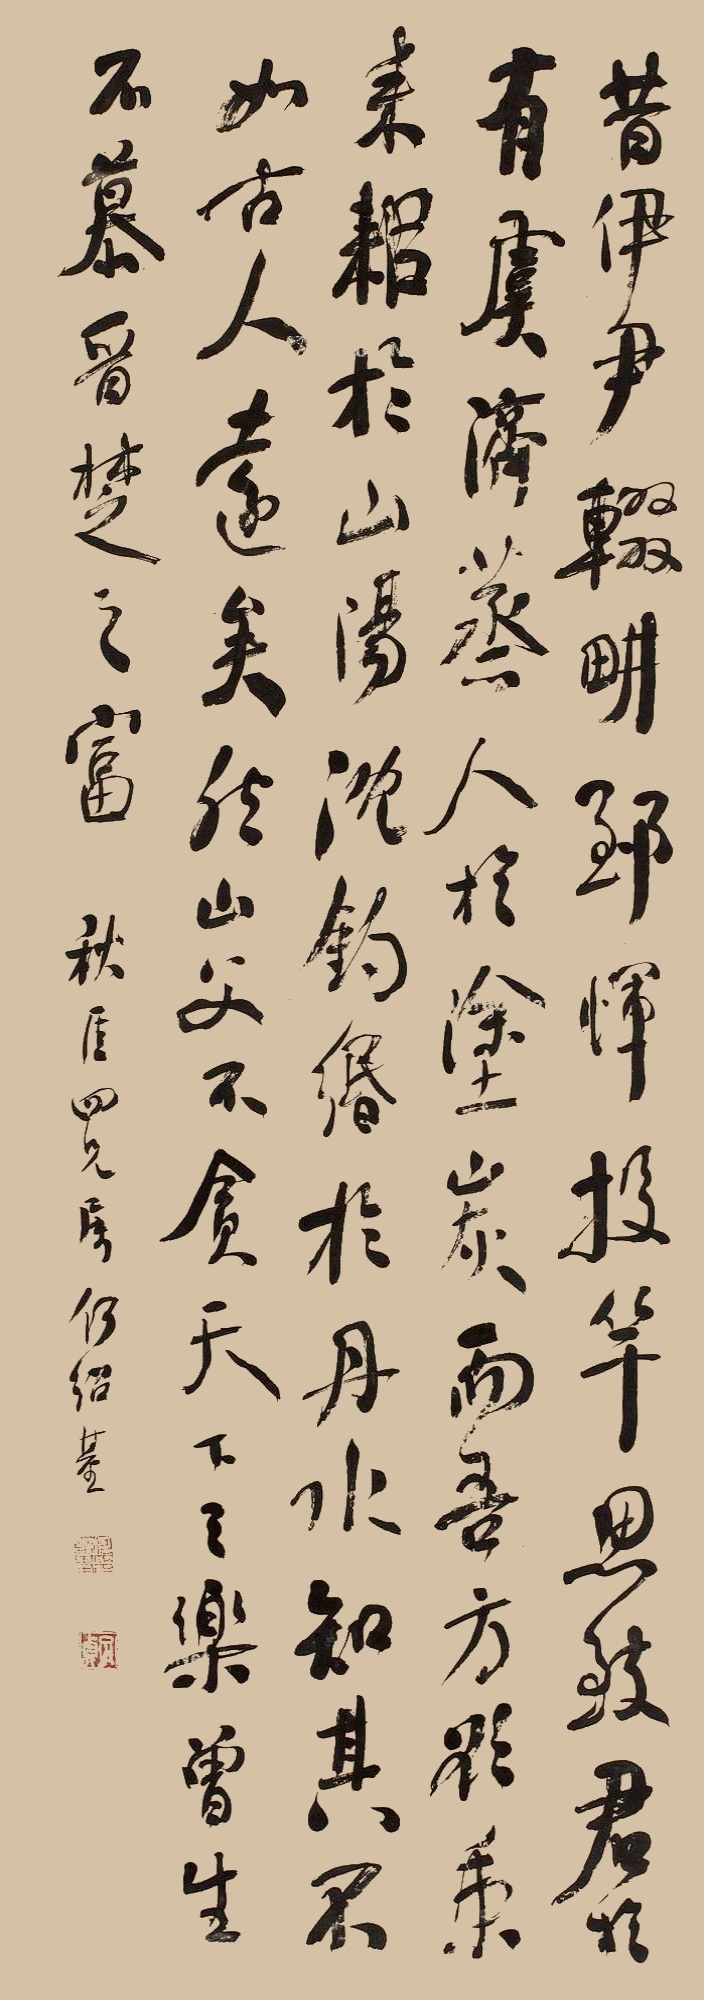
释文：昔伊尹辍耕，郅恽投竿，思致君于有虞，济蒸人于涂炭。而吾方欲秉耒耜于山阳，沈钩缗于丹水，知其不如古人远矣。然山父不贪天地之乐，曾参不慕晋楚之富。秋厓四兄属，何绍基。